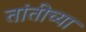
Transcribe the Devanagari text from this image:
तांतीच्या